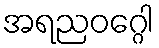
အရညဝဂ္ဂေါ